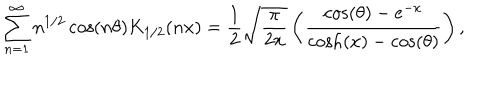
\sum _ { n = 1 } ^ { \infty } n ^ { 1 / 2 } \cos ( n \theta ) K _ { 1 / 2 } ( n x ) = \frac { 1 } { 2 } \sqrt { \frac { \pi } { 2 x } } \left( \frac { \cos ( \theta ) - e ^ { - x } } { \cosh ( x ) - \cos ( \theta ) } \right) , \nonumber